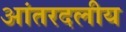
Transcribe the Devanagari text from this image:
आंतरदलीय